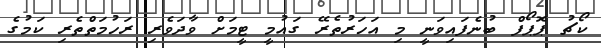
ކޯޗު ޕޮޕޯފް ބުނެފައިވަނީ މި އަހަރުތެރޭ ގައުމީ ޓީމަށް ވާދަވެރި ރަހުމަތްތެރި ކަމުގެ